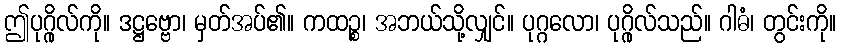
ဤပုဂ္ဂိုလ်ကို။ ဒဋ္ဌဗ္ဗော၊ မှတ်အပ်၏။ ကထဉ္စ၊ အဘယ်သို့လျှင်။ ပုဂ္ဂလော၊ ပုဂ္ဂိုလ်သည်။ ဂါဓံ၊ တွင်းကို။